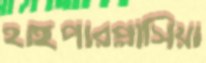
হাইপারপ্লাসিয়া